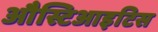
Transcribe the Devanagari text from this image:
औस्टिआइटिस